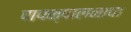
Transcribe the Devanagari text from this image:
पापक्षालनाचा